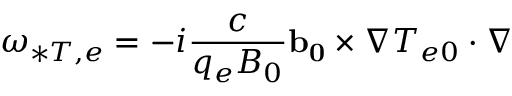
\omega _ { * T , e } = - i \frac { c } { q _ { e } B _ { 0 } } \mathbf { b _ { 0 } } \times \nabla T _ { e 0 } \cdot \nabla